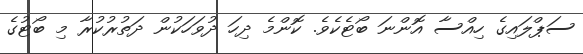
ސަޕްލައިގެ ހިއްސާ އޮންނަ ބޯޓެކެވެ. ކޮންމެ ދިހަ ދުވަހަކުން ދަތުރުކުރާ މި ބޯޓުގެ